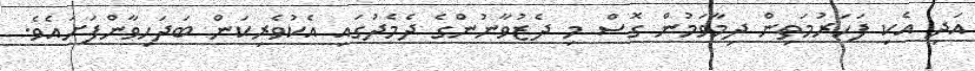
އަދި އެކި ފަހަރުމަތިން ދިމާވަމުން ގޮސް މި ދެޒުވާނުންގެ ދެމެދުގައި އެކުވެރިކަން ބަދަހިވާންފަށައެވެ.